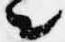
々